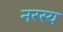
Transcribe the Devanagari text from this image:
नरस्य